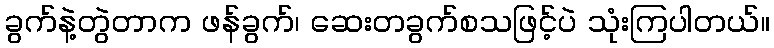
ခွက်နဲ့တွဲတာက ဖန်ခွက်၊ ဆေးတခွက်စသဖြင့်ပဲ သုံးကြပါတယ်။